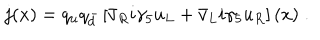
j ( x ) = q _ { u } q _ { \bar { d } } \left[ \bar { v } _ { R } i \gamma _ { 5 } u _ { L } + \bar { v } _ { L } i \gamma _ { 5 } u _ { R } \right] ( x ) \; .